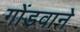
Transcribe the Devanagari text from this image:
गोंडवाने